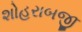
શોહરાબજી